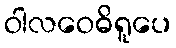
ဝါလဝေဓိရူပေ